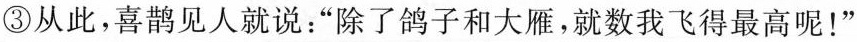
③从此，喜鹊见人就说：”除了鸽子和大雁，就数我飞得最高呢！”